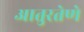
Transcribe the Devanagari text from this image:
आतुरतेणे